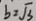
b = \sqrt { 3 }